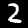
Digit: 2